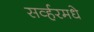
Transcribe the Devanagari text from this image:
सर्व्हरमधे